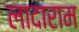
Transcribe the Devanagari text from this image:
लादाराम